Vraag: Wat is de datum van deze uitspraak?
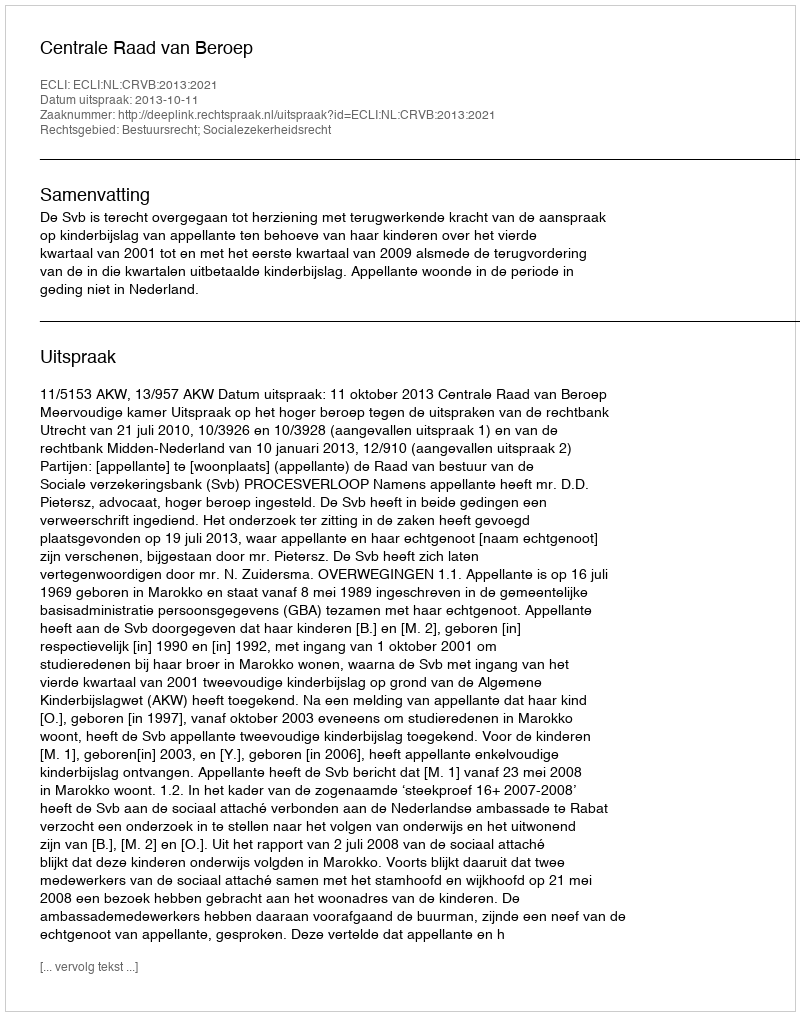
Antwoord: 2013-10-11